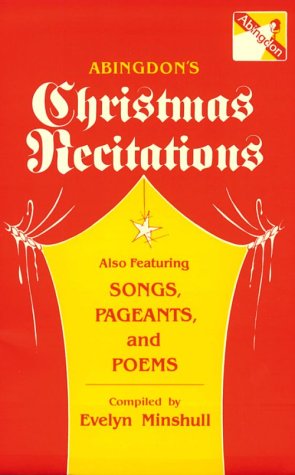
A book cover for Abingdon's Christmas Recitations; Evelyn Minshull; Christian Books & Bibles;